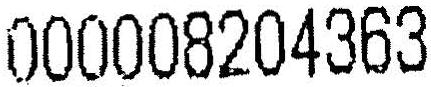
000008204363